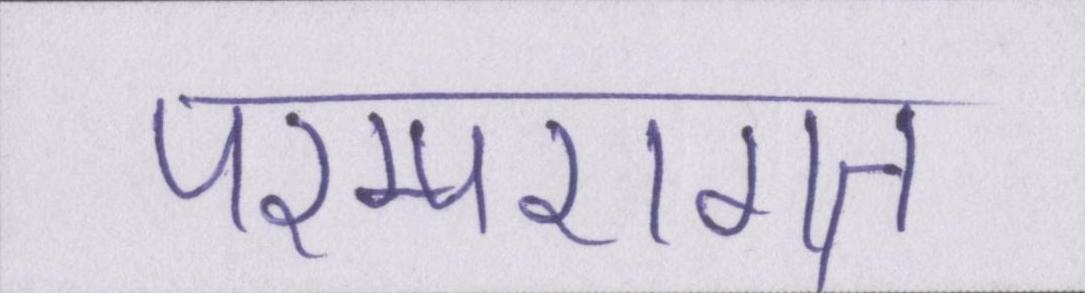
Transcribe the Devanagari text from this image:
परम्परागत